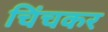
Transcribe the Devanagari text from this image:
चिंचकर